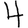
Digit: 4